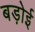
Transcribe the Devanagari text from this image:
बड़ोई